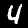
Label: 4